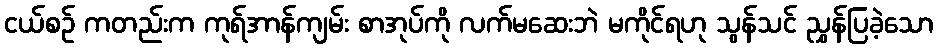
ငယ်စဉ် ကတည်းက ကုရ်အာန်ကျမ်း စာအုပ်ကို လက်မဆေးဘဲ မကိုင်ရဟု သွန်သင် ညွှန်ပြခဲ့သော